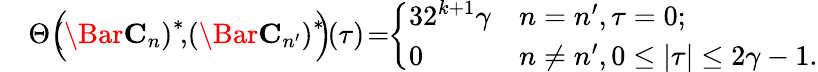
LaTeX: \begin{array}{rl}&{\Theta\Big(\! \! \! \left(\Bar{\mathbf{C}}_{n}\right)^{*}\! ,\! \left(\Bar{\mathbf{C}}_{n^{\prime}}\right)^{*}\! \! \Big)\! (\tau)\! =\! \! \left\{ \begin{array}{ll}{32^{k+1}\gamma}&{n=n^{\prime},\tau=0;}\\ {0}&{n\neq n^{\prime},0\leq|\tau|\leq 2\gamma-1.}\end{array}\right.}\end{array}